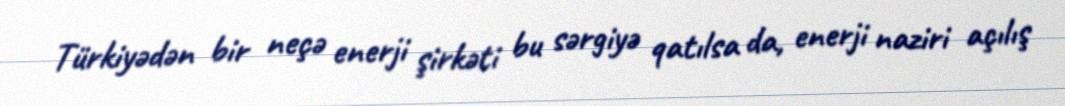
Türkiyədən bir neçə enerji şirkəti bu sərgiyə qatılsa da, enerji naziri açılış